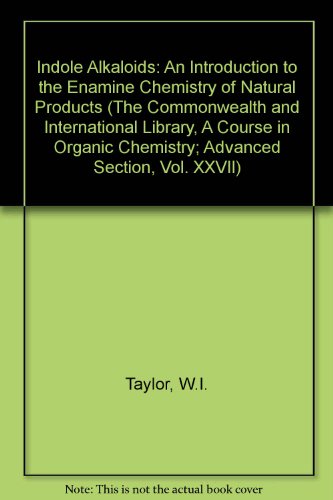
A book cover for Indole Alkaloids: An Introduction to the Enamine Chemistry of Natural Products (The Commonwealth and International Library, A Course in Organic Chemistry; Advanced Section, Vol. XXVII); W.I. Taylor; Science & Math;